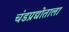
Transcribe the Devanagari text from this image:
चंडप्रद्योताला